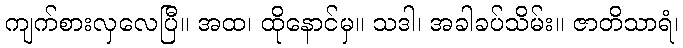
ကျက်စားလှလေပြီ။ အထ၊ ထိုနောင်မှ။ သဒါ၊ အခါခပ်သိမ်း။ ဇာတိသာရံ၊